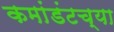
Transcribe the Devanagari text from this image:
कमांडंटच्या